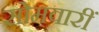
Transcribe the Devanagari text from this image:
सोमवारीं